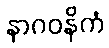
နာဂဝနိကံ